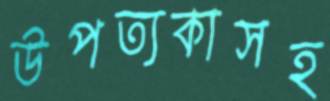
উপত্যকাসহ